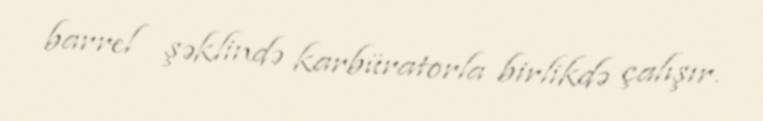
barrel şəklində karbüratorla birlikdə çalışır.